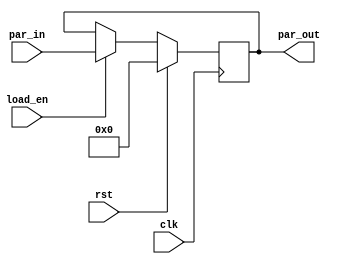
// This program was cloned from: https://github.com/sep-81/Computer-Architecture-Course-Projects
// License: MIT License

module Register (
    par_in,
    clk,
    rst,
    load_en,
    par_out
);

  parameter word_len = 8;

  input [word_len - 1 : 0] par_in;
  input clk, rst, load_en;

  output reg [word_len - 1 : 0] par_out;

  always @(posedge clk) begin
    if (rst) par_out <= 'b0;
    else if (load_en) par_out <= par_in;
  end

endmodule